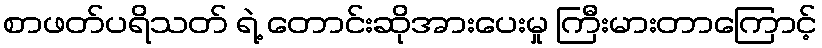
စာဖတ်ပရိသတ် ရဲ့ တောင်းဆိုအားပေးမှု ကြီးမားတာကြောင့်